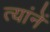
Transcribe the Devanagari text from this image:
त्यांनें